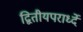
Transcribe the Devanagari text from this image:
द्वितीयपरार्ध्दे